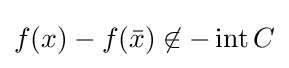
f(x)-f({\bar {x}})\not \in -\operatorname {int} C